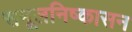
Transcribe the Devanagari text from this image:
समूलनिष्कासन